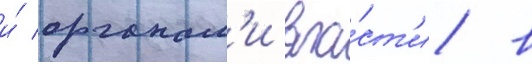
и́ органам'и вла́ст'и в